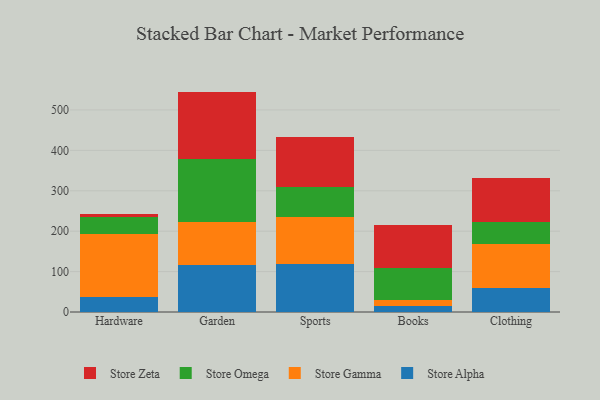
{"axis": {"x": "Category", "y": "Churn Rate (%)"}, "legend": ["Store Alpha", "Store Gamma", "Store Omega", "Store Zeta"], "data": [{"x": "Hardware", "y": 37.2, "type": "Store Alpha"}, {"x": "Hardware", "y": 156.1, "type": "Store Gamma"}, {"x": "Hardware", "y": 41.3, "type": "Store Omega"}, {"x": "Hardware", "y": 7.9, "type": "Store Zeta"}, {"x": "Garden", "y": 116.8, "type": "Store Alpha"}, {"x": "Garden", "y": 105.9, "type": "Store Gamma"}, {"x": "Garden", "y": 155.1, "type": "Store Omega"}, {"x": "Garden", "y": 167.6, "type": "Store Zeta"}, {"x": "Sports", "y": 117.6, "type": "Store Alpha"}, {"x": "Sports", "y": 118.5, "type": "Store Gamma"}, {"x": "Sports", "y": 72.0, "type": "Store Omega"}, {"x": "Sports", "y": 124.5, "type": "Store Zeta"}, {"x": "Books", "y": 14.7, "type": "Store Alpha"}, {"x": "Books", "y": 15.1, "type": "Store Gamma"}, {"x": "Books", "y": 78.8, "type": "Store Omega"}, {"x": "Books", "y": 107.7, "type": "Store Zeta"}, {"x": "Clothing", "y": 59.3, "type": "Store Alpha"}, {"x": "Clothing", "y": 109.9, "type": "Store Gamma"}, {"x": "Clothing", "y": 52.4, "type": "Store Omega"}, {"x": "Clothing", "y": 111.1, "type": "Store Zeta"}]}